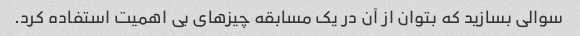
سوالی بسازید که بتوان از آن در یک مسابقه چیزهای بی اهمیت استفاده کرد.